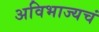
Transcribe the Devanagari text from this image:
अविभाज्यचं